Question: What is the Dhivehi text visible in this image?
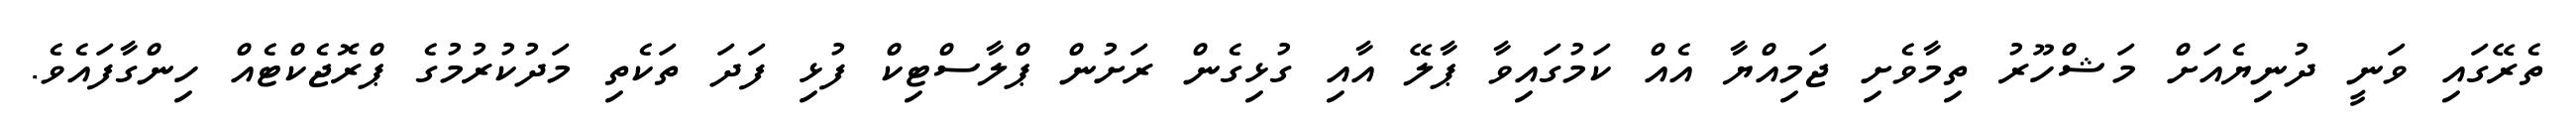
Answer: ތެރޭގައި ވަނީ ދުނިޔެއަށް މަޝްހޫރު ތިމާވެށި ޖަމިއްޔާ އެއް ކަމުގައިވާ ޕާލޭ އާއި ގުޅިގެން ރަށުން ޕްލާސްޓިކް ފުޅި ފަދަ ތަކެތި މަދުކުރުމުގެ ޕްރޮޖެކްޓެއް ހިންގާފައެވެ.